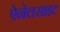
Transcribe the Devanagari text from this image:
ऐनेलसाइट